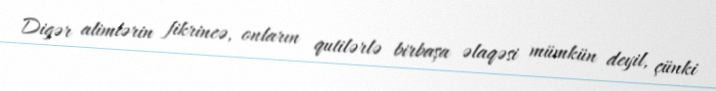
Digər alimlərin fikrincə, onların qutilərlə birbaşa əlaqəsi mümkün deyil, çünki